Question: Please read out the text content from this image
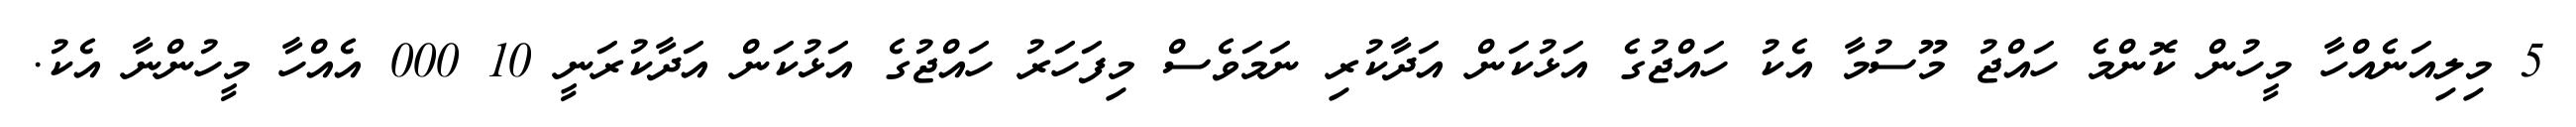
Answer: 5 މިލިއަނެއްހާ މީހުން ކޮންމެ ހައްޖު މޫސުމާ އެކު ހައްޖުގެ އަޅުކަން އަދާކުރި ނަމަވެސް މިފަހަރު ހައްޖުގެ އަޅުކަން އަދާކުރަނީ 10 000 އެއްހާ މީހުންނާ އެކު.